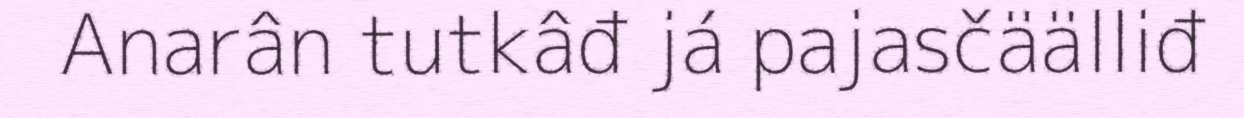
Anarân tutkâđ já pajasčäälliđ